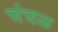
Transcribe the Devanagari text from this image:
चंचळ